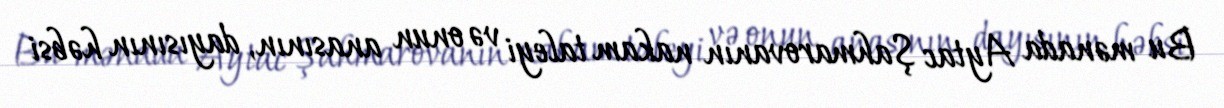
Bu mənada Aytac Şahmarovanın nakam taleyi və onun anasının, dayısının həbsi